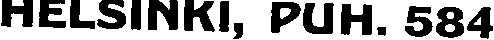
HELSlNKl, PUH. 584